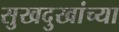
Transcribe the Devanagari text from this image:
सुखदुखांच्या